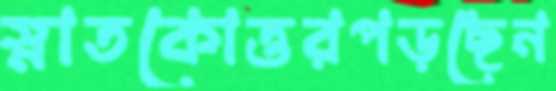
স্নাতকোত্তরপড়ছেন